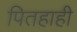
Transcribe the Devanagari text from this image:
पितहाही